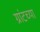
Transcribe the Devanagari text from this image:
ग्रांटच्या